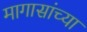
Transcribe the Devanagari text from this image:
मागासांच्या